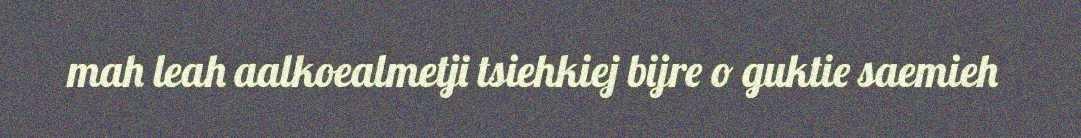
mah leah aalkoealmetji tsiehkiej bijre o guktie saemieh